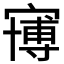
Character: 𱚒